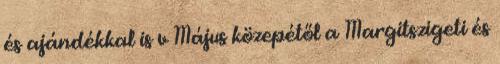
és ajándékkal is v Május közepétől a Margitszigeti és